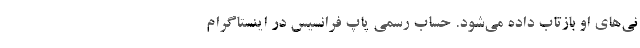
نی‌های او بازتاب داده می‌شود. حساب رسمی پاپ فرانسیس در اینستاگرام